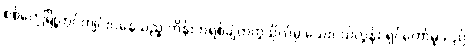
စစ်တွေမြို့တွင်ကျင်းပနေသည့် ကိန်းဘရစ်ချ်တက္ကသိုလ်မှ သေးငယ်လွန်း ရှင်တော်မူသည်